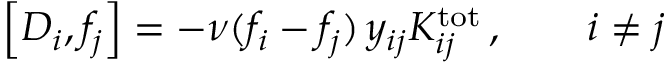
\left[ { \cal D } _ { i } , f _ { j } \right] = - \nu ( f _ { i } - f _ { j } ) \, y _ { i j } K _ { i j } ^ { \mathrm { t o t } } \, , \qquad i \ne j